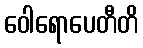
ဝေါရောပေတီတိ